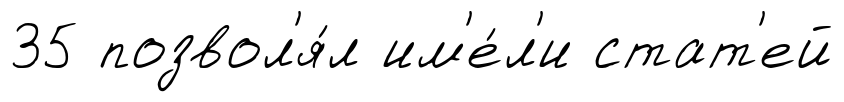
35 позвол'я́л им'е́л'и стат'ей